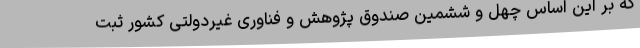
که بر این اساس چهل و ششمین صندوق پژوهش و فناوری غیردولتی کشور ثبت